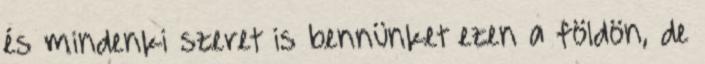
és mindenki szeret is bennünket ezen a földön, de